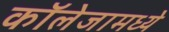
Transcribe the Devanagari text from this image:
कॉलेजामध्ये